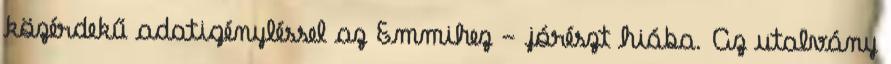
közérdekű adatigényléssel az Emmihez - jórészt hiába. Az utalvány